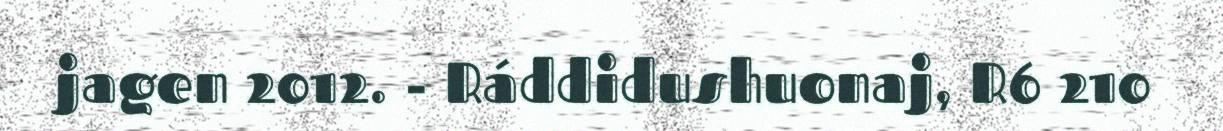
jagen 2012. - Ráddidushuonaj, R6 210